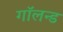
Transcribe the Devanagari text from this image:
गॉलन्ड